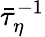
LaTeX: \bar{\tau}_{\eta}^{-1}